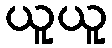
ယူယူ